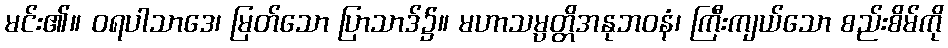
မင်း၏။ ဝရပါသာဒေ၊ မြတ်သော ပြာသာဒ်၌။ မဟာသမ္ပတ္တိအနုဘဝနံ၊ ကြီးကျယ်သော စည်းစိမ်ကို